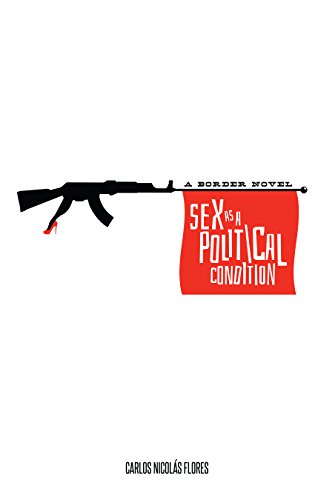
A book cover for Sex as a Political Condition: A Border Novel (The Americas Series); Carlos NicolÃ¡s Flores; Literature & Fiction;